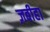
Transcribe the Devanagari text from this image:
ज़बीहा